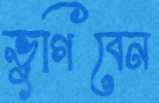
ভুগিবেন